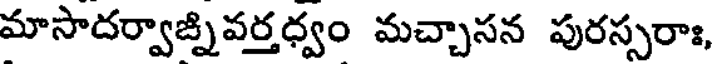
మాసాదర్వాజ్నివర్తధ్వం మచ్చాసన పురస్సరాః,